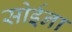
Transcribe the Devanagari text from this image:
सोईना